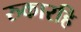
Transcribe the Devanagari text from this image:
रुकारहि